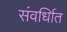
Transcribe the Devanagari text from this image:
संवर्धिात